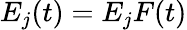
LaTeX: E_{j}(t)=E_{j}F(t)